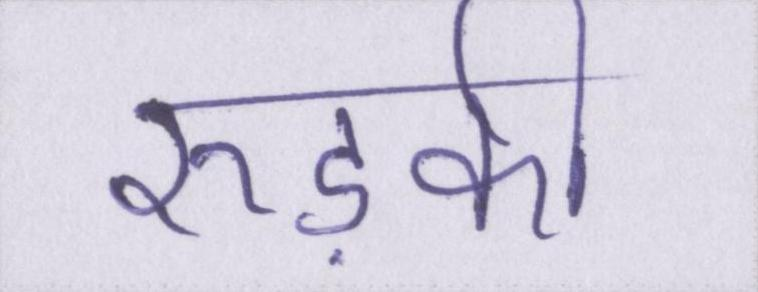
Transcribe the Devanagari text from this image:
रुड़की